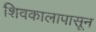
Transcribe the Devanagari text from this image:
शिवकालापासून